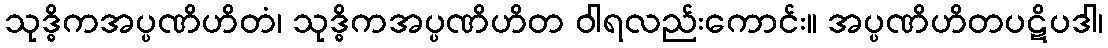
သုဒ္ဓိကအပ္ပဏိဟိတံ၊ သုဒ္ဓိကအပ္ပဏိဟိတ ဝါရလည်းကောင်း။ အပ္ပဏိဟိတပဋိပဒါ၊